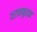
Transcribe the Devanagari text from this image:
वरान्कृत्वा